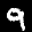
Label: 9